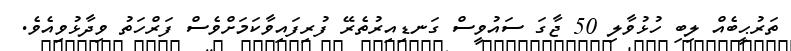
ތަރުޙީބެއް ލިބި ހުޅުވާލި 50 ޖާގަ ސައުވީސް ގަނޑިއިރުތެރޭ ފުރިފައިވާކަމަށްވެސް ފަރްހަތު ވިދާޅުވިއެވެ.